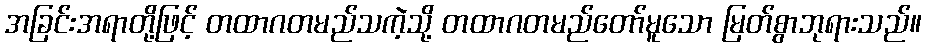
အခြင်းအရာတို့ဖြင့် တထာဂတမည်သကဲ့သို့ တထာဂတမည်တော်မူသော မြတ်စွာဘုရားသည်။